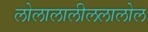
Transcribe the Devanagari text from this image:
लोलालालीललालोल